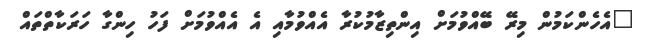
"އެހެންކަމުން މިރޭ ބޭއްވުމަށް އިންތިޒާމުކުރާ އެއްވުމާއި އެ އެއްވުމަށް ފަހު ހިންގާ ހަރަކާތްތައް